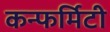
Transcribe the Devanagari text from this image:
कन्फर्मिटी